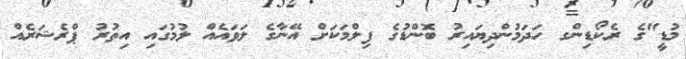
މުޑީ"ގެ ރެކޯޑިންގ ހަދަމުންދިޔައިރު ބޮންޑުގެ ފިލްމަކަށް އޭނާގެ ލަވައެއް ލުމުގައި އިތުރު ޕްރެޝަރެއް